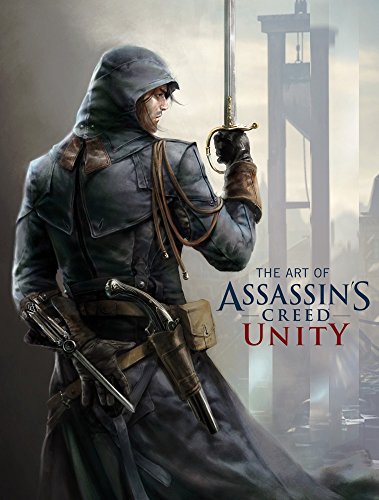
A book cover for The Art of Assassin's Creed Unity; Paul Davies; Arts & Photography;